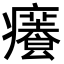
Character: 𤻰